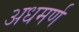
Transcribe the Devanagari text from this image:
अधमर्ण